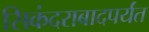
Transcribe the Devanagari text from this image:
सिकंदराबादपर्यंत